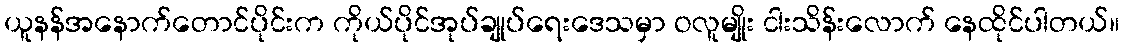
ယူနန်အနောက်တောင်ပိုင်းက ကိုယ်ပိုင်အုပ်ချုပ်ရေးဒေသမှာ ဝလူမျိုး ငါးသိန်းလောက် နေထိုင်ပါတယ်။